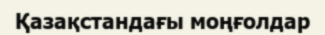
Қазақстандағы моңғолдар